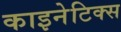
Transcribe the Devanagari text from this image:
काइनेटिक्स